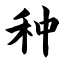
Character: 种